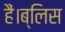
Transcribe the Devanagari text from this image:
हैं।ब्लिस